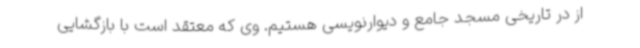
از در تاریخی مسجد جامع و دیوارنویسی هستیم. وی که معتقد است با بازگشایی